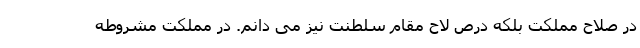
در صلاح مملکت بلکه درص لاح مقام سلطنت نیز می دانم. در مملکت مشروطه